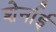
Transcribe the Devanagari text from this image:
शेर्नाई